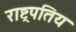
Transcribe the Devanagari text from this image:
राष्ट्रपतिय